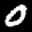
Label: 0